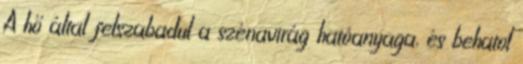
A hő által felszabadul a szénavirág hatóanyaga, és behatol